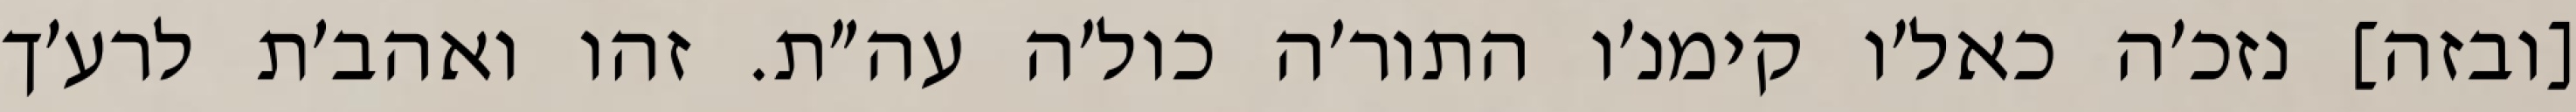
[ובזה] נזכ׳ה כאל׳ו קימנ׳ו התור׳ה כול׳ה עה״ת. זהו ואהב׳ת לרע׳ך